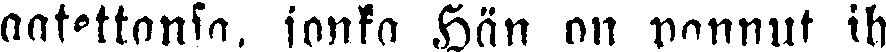
aatettansa, jonka Hän on pannut ih